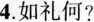
4.如礼何?